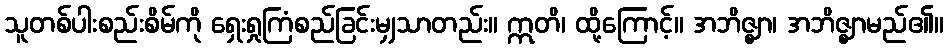
သူတစ်ပါးစည်းစိမ်ကို ရှေးရှုကြံစည်ခြင်းမျှသာတည်း။ ဣတိ၊ ထို့ကြောင့်။ အဘိဇ္ဈာ၊ အဘိဇ္ဈာမည်၏။